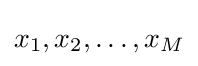
x_{1},x_{2},\ldots ,x_{M}